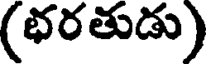
(భరతుడు)